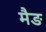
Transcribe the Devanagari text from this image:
मैङ